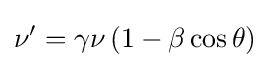
\nu '=\gamma \nu \left(1-\beta \cos \theta \right)